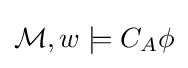
{\mathcal {M}},w\models C_{A}\phi